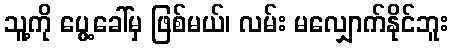
သူ့ကို ပွေ့ခေါ်မှ ဖြစ်မယ်၊ လမ်း မလျှောက်နိုင်ဘူး